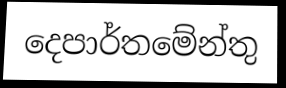
දෙපාර්තමේන්තු